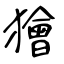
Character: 獪